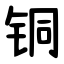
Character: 铜